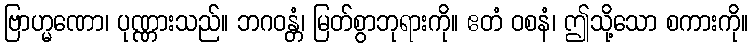
ဗြာဟ္မဏော၊ ပုဏ္ဏားသည်။ ဘဂဝန္တံ၊ မြတ်စွာဘုရားကို။ ဧတံ ဝစနံ၊ ဤသို့သော စကားကို။